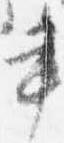
書